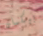
بيكمان